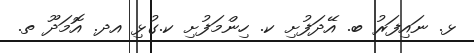
ޅ. ނައިފަރު ބ. އޭދަފުށި ކ. ހިންމަފުށި ކ.ގުޅި އދ. އޮމަދޫ ތ.